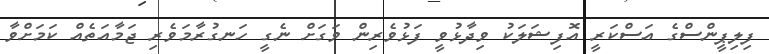
ފިލިޕީންސްގެ އަސްކަރީ އޮފިޝަލަކު ވިދާޅުވީ ފަޅުވެރިން ވަގަށް ނެގީ ހަނގުރާމަވެރި ޖަމާއަތެއް ކަމަށްވާ